Pusta,_Kaarel_Robert, lk 45
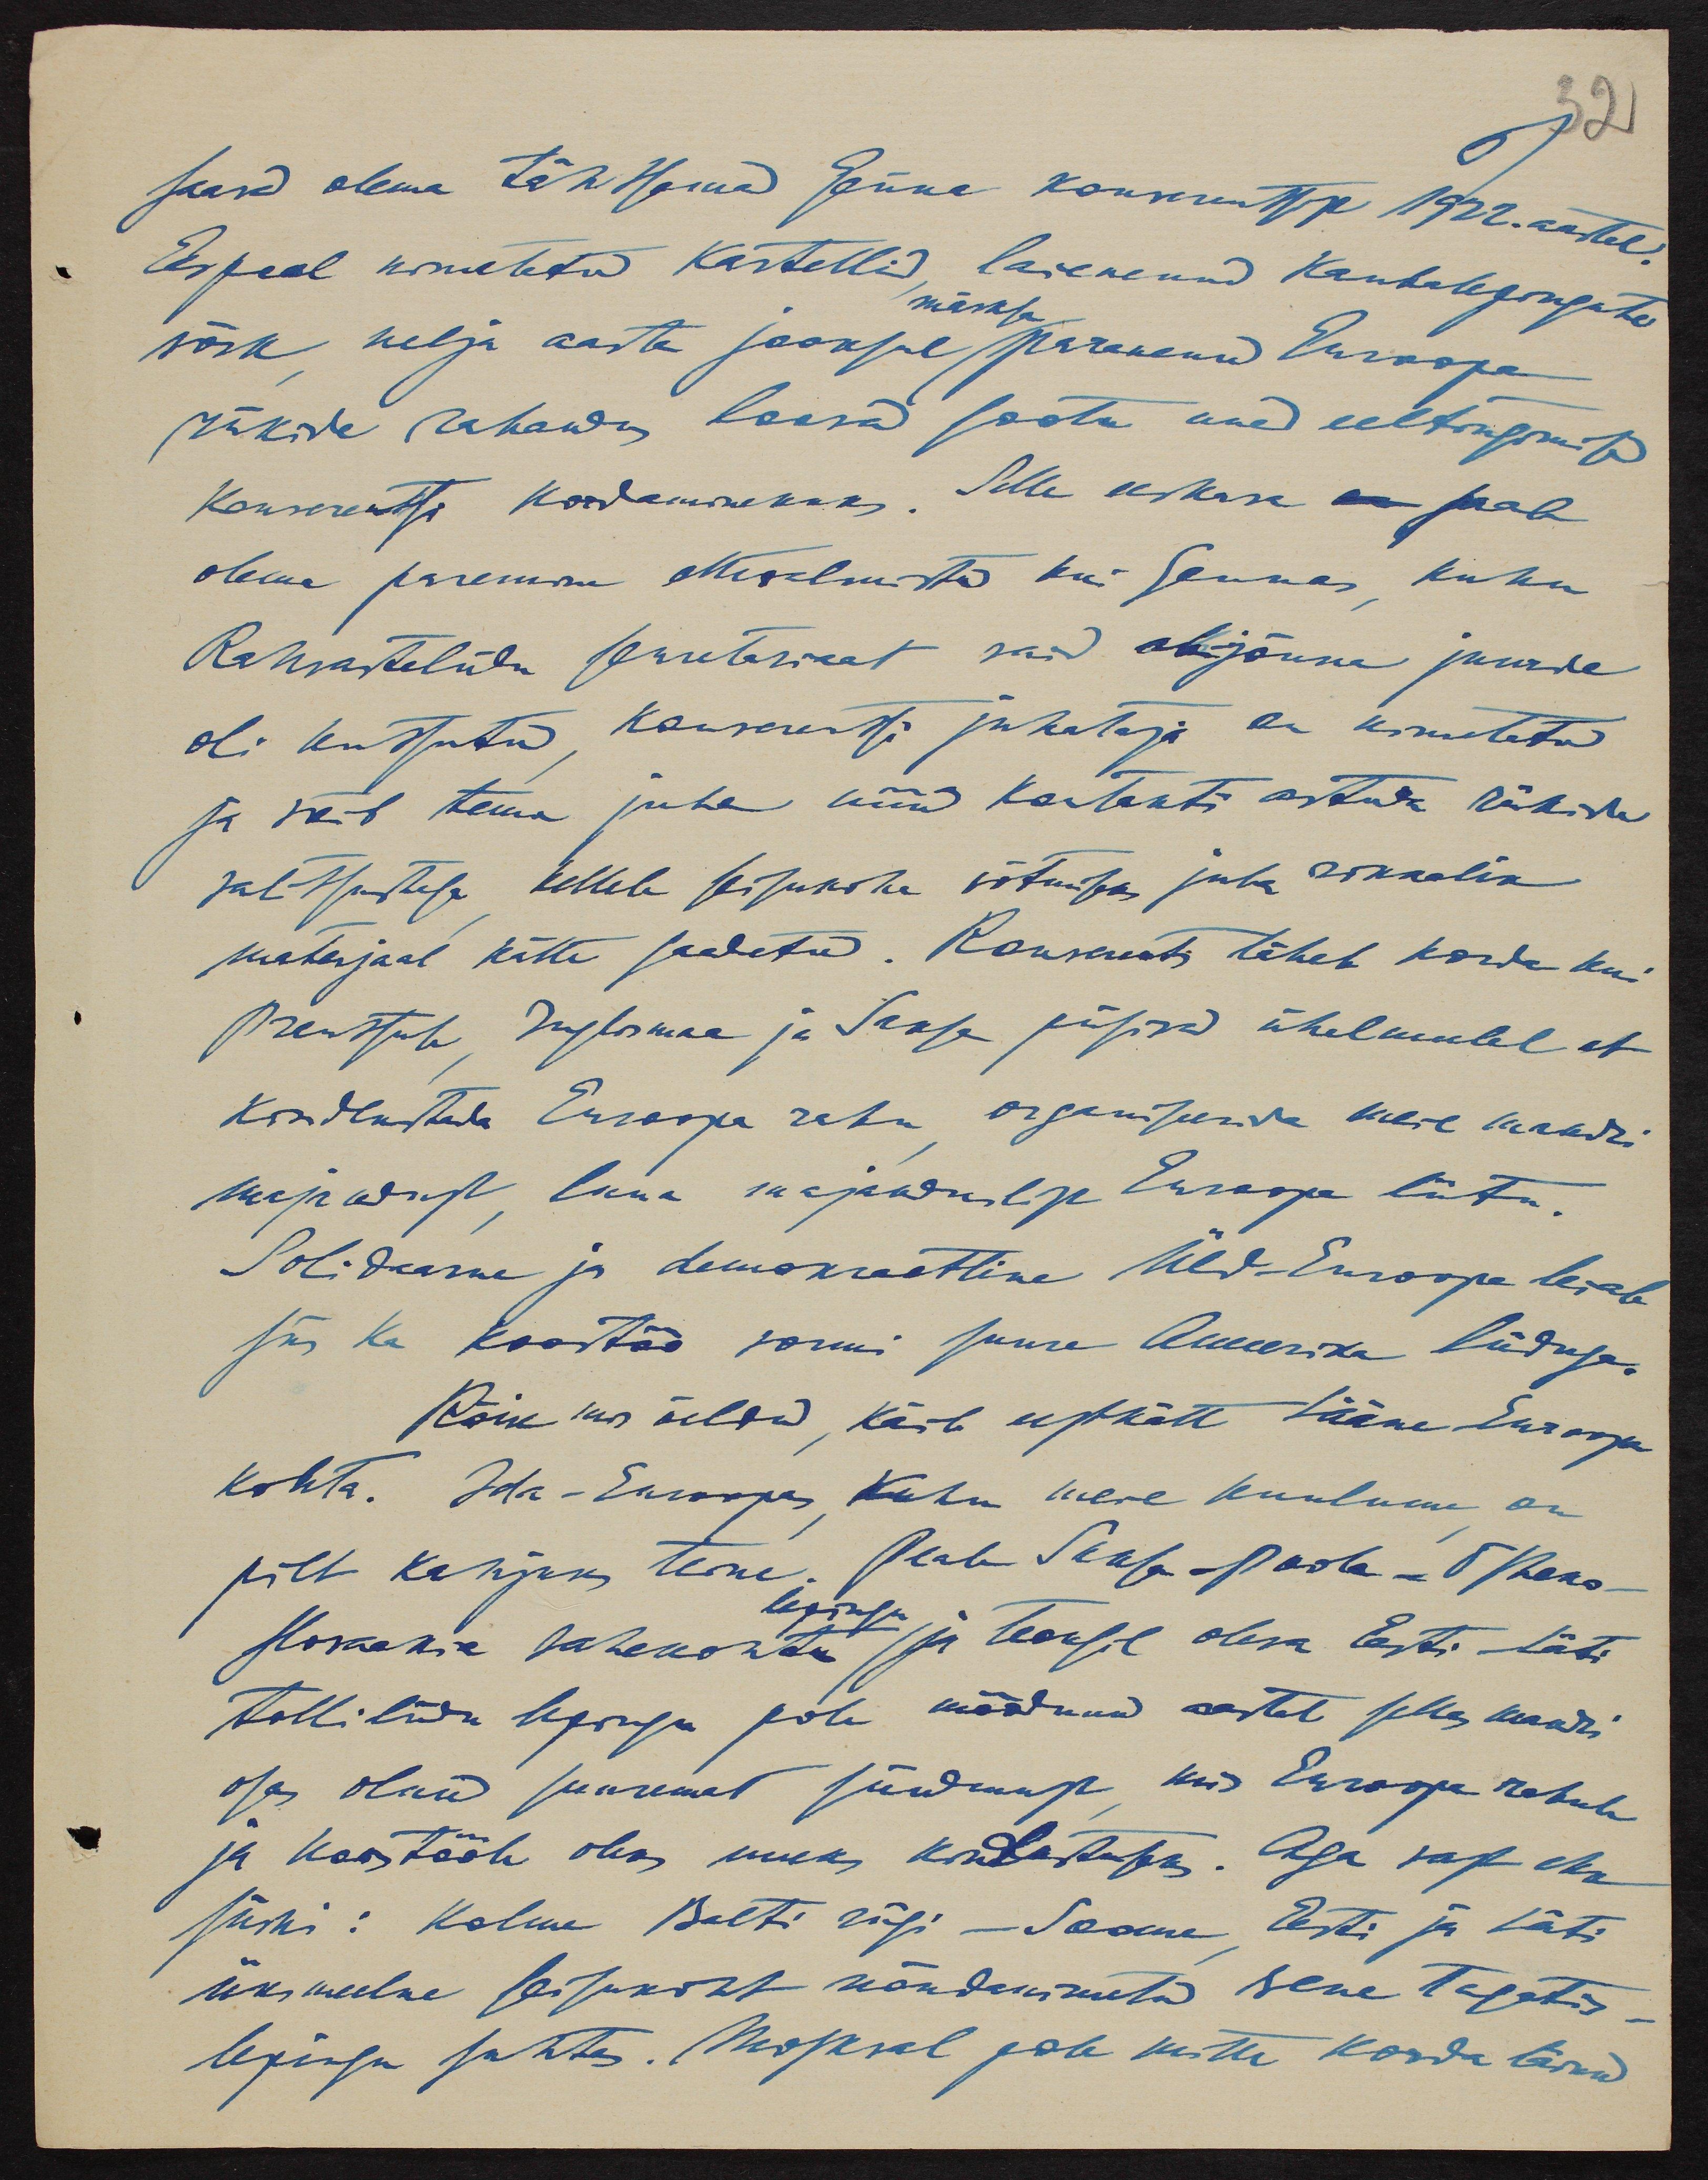
32
saavad olema tähtsamad Genua konverentsist 1922. aastal
Eespool nimetatud kartellid, laienenud kaubalepingute
märksa
võrk, nelja aasta jooksul paranenud Euroopa
riikide rahandu loovad sootu uued eeltingimised
konverentsi kordaminekuks. Selle eeskava peab
olema paremise ettevalmistatud kui Genuas, kuhu
Rahvasteliidu sekretariaat said abijõuna juurde
oli kustutud, konverentsi juhataja on kinnitatud
ja võib tema juba nüüd kontakti astuda riikide
valitsustega, kellele seisukoha võtmiseks juba rikkalik
materjaal kätte saadetud. Konverents läheb korda kui
Prantsuse, Inglismaa ja Saksa püsivad ühelmeelel et
kindlustada Euroopa rahu organiseerida meie mandri
majandust, luua majanduslist Euroopa liitu.
Solidaarne ja demokraatline Üld-Euroopa leiab
siis ka koostöö vormi suure Ameerika liiduga.
Kõik mis öeldud, käib eeskätt Lääne-Euroopa
kohta. Ida-Euroopas, kuhu meie kuulume, on
pilt kahjuks teine. Peale Saksa-Poola-5 Tsheko-
lepingu
slovaakia vahekohtu ja teoksil oleva Eesti-Läti
tolliliidu lepingu pole möödunud aastal selle mandri
osas olnud suuremat sündmust, mis Euroopa rahule
ja koostööle oleks uueks kindlustuseks. Aga vast ehk
siiski: Kolme Balti riigi - Soome, Eesti ja Läti
üksmeelne seisukoht nõndanimetud Vene tagatis-
lepingu suhtes. Moskval pole mitte korda läinud